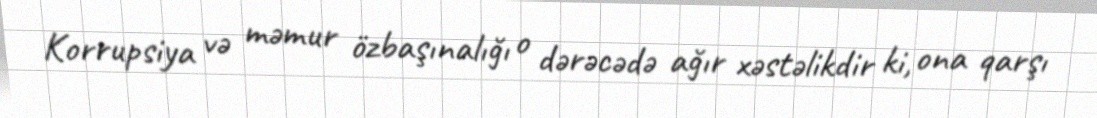
Korrupsiya və məmur özbaşınalığı o dərəcədə ağır xəstəlikdir ki, ona qarşı